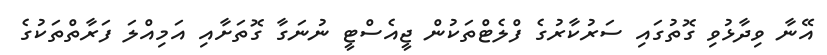
އޭނާ ވިދާޅުވި ގޮތުގައި ސަރުކާރުގެ ފްލެޓްތަކުން ޖީއެސްޓީ ނުނަގާ ގޮތަށާއި އަމިއްލަ ފަރާތްތަކުގެ